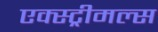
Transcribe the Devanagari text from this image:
एक्स्ट्रीमल्स